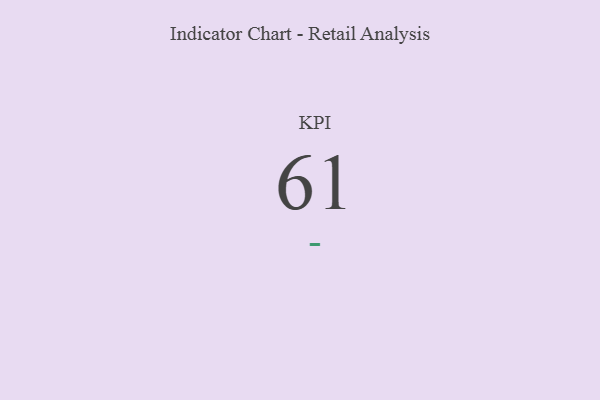
{"axis": {"x": "KPI", "y": "Value"}, "legend": [""], "data": [{"x": "KPI", "y": 61, "type": ""}]}